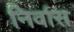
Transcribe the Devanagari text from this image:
निर्वास